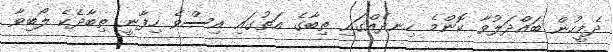
ދެމީހުން ބައްދަލުވާ ކޮންމެ ހިނދެއްގައި ތިބާގެ އަތުގައި އިސްވެ ހިފާނީ ތިބާދެކެ ލޯބިވާ